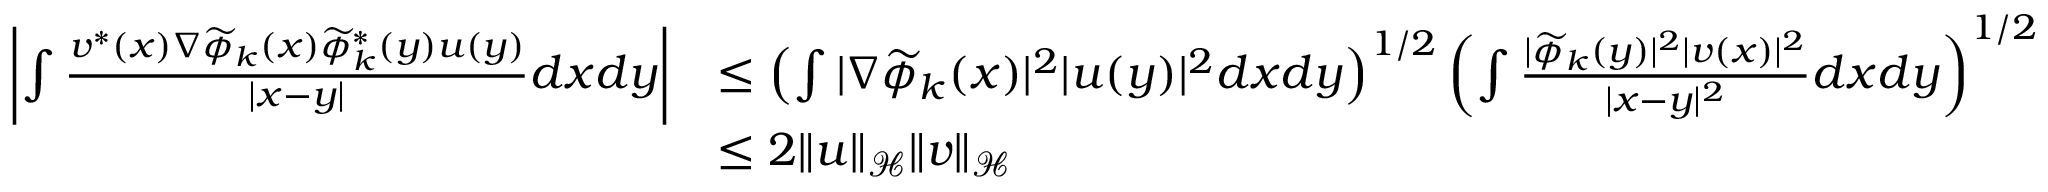
\begin{array} { r l } { \left| \int \frac { v ^ { * } ( x ) \nabla \widetilde { \phi } _ { k } ( x ) \widetilde { \phi } _ { k } ^ { * } ( y ) u ( y ) } { | x - y | } d x d y \right| } & { \leq \left( \int | \nabla \widetilde { \phi } _ { k } ( x ) | ^ { 2 } | u ( y ) | ^ { 2 } d x d y \right) ^ { 1 / 2 } \left( \int \frac { | \widetilde { \phi } _ { k } ( y ) | ^ { 2 } | v ( x ) | ^ { 2 } } { | x - y | ^ { 2 } } d x d y \right) ^ { 1 / 2 } } \\ & { \leq 2 \| u \| _ { \mathcal { H } } \| v \| _ { \mathcal { H } } } \end{array}